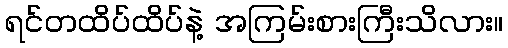
ရင်တထိပ်ထိပ်နဲ့ အကြမ်းစားကြီးသိလား။